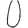
Digit: 0